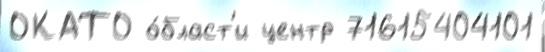
ОКАТО о́бласт'и центр 71615404101